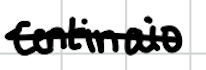
Text: Centinaio
Cross-out: single-line
Writing tool: digital_black